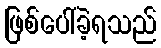
ဖြစ်ပေါ်ခဲ့ရသည်